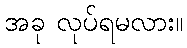
အခု လုပ်ရမလား။